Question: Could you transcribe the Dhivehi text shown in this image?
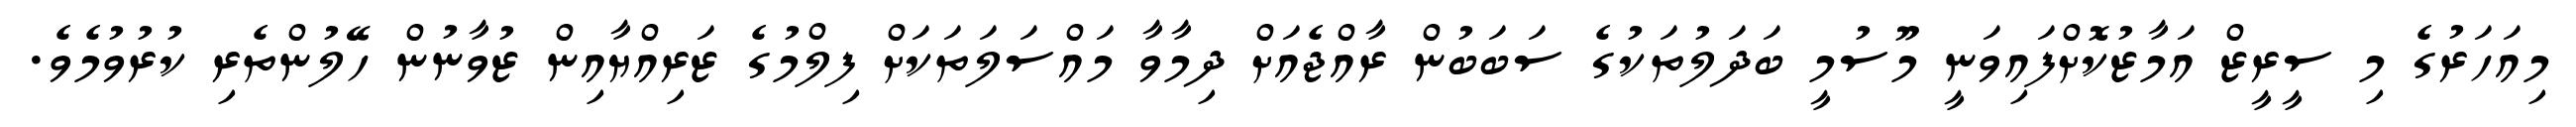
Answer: މިއަހަރުގެ މި ސީރީޒް އަމާޒުކޮށްފައިވަނީ މޫސުމީ ބަދަލުތަކުގެ ސަބަބުން ރާއްޖެއަށް ދިމާވާ މައްސަލަތަކަށް ފިލްމުގެ ޒަރިއްޔާއިން ޒުވާނުން ހޭލުންތެރި ކުރުވުމެވެ.